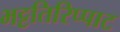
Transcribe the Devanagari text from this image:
भट्टतिरिप्पाट